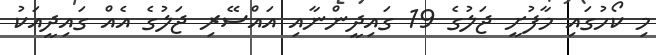
މި ކޯހުގައި މާފުށީ ޖަލުގެ 19 ގައިދީންނާއި އައްސޭރި ޖަލުގެ އެއް ގައިދީއަކު